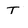
Character: T